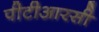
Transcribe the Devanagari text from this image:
पीटीआरसी